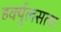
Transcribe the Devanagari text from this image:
हर्क्युलसला